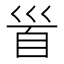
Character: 𩠐